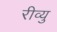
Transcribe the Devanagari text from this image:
रीव्यु